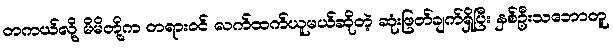
တကယ်လို့ မိမိတို့က တရားဝင် လက်ထက်ယူမယ်ဆိုတဲ့ ဆုံးဖြတ်ချက်ရှိပြီး နှစ်ဦးသဘောတူ